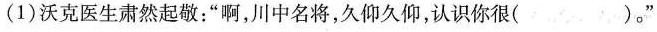
(1)沃克医生肃然起敬；”啊，川中名将，久仰久仰，认识你很( )。”